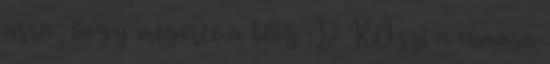
arra, hogy megérte a blog :D KÖszi a témára